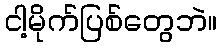
ငါ့မိုက်ပြစ်တွေဘဲ။